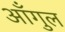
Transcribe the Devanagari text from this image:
आँगुल